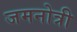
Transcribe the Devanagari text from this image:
जमनोत्री